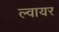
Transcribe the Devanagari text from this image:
ल्वायर